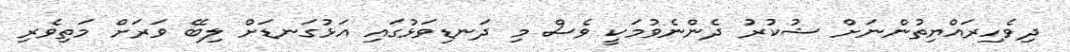
ދިވެހިރައްޔިތުންނަށް ޝުކުރު ދެންނެވުމަކީ ވެސް މި ދަނޑިވަޅުގައި އަޅުގަނޑަށް ލިބޭ ވަރަށް މަތިވެރި